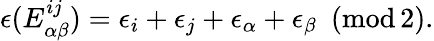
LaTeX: \epsilon(E_{\alpha\beta}^{ij})=\epsilon_{i}+\epsilon_{j}+\epsilon_{\alpha}+\epsilon_{\beta}\, \, \, (\mathrm{mod\, 2}).